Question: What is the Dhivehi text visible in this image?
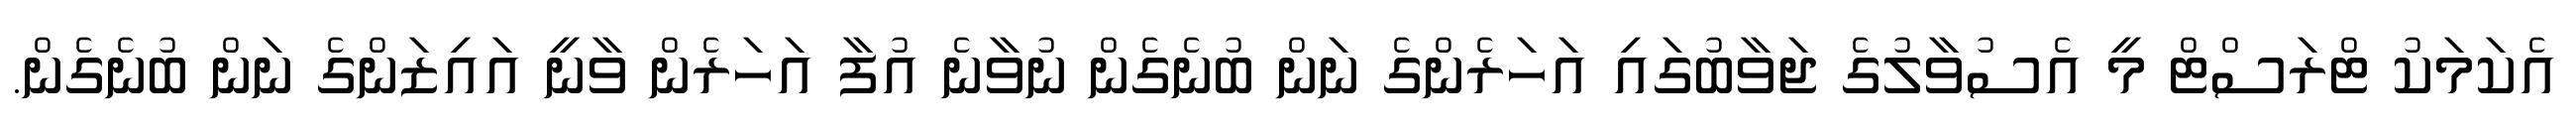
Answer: އެކަމަކު ޓްރަސްޓް މީ އެސުވާލުގެ ޖަވާބުގައި އަހަރެންގެ ނަން ބުނެގެން ނުވާނެ އުފާ އަހަރެން ވާނީ އައިޒަންގެ ނަން ބުނެގެން.